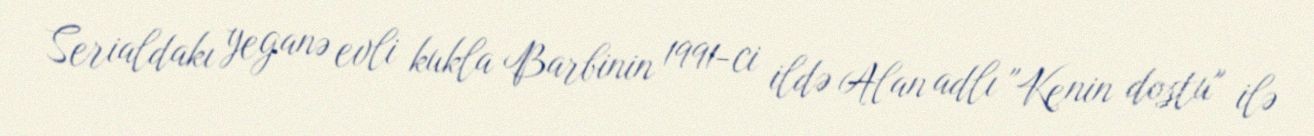
Serialdakı yeganə evli kukla Barbinin 1991-ci ildə Alan adlı "Kenin dostu" ilə